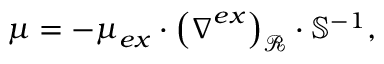
\boldsymbol { \mu } = - \boldsymbol { \mu } _ { e x } \cdot \left( \boldsymbol { \nabla } ^ { e x } \right) _ { \mathcal { R } } \cdot \mathbb { S } ^ { - 1 } ,